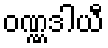
ဝဏ္ဏဒါယီ